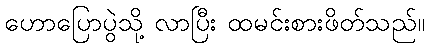
ဟောပြောပွဲသို့ လာပြီး ထမင်းစားဖိတ်သည်။